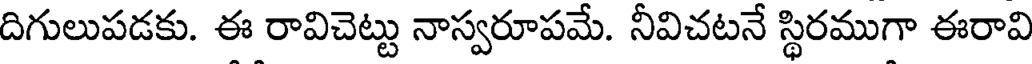
దిగులుపడకు. ఈ రావిచెట్టు నాస్వరూపమే. నీవిచటనే స్థిరముగా ఈరావి